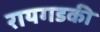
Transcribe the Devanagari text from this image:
रायगडकी